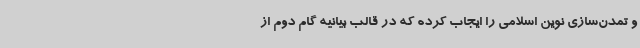
و تمدن‌سازی نوین اسلامی را ایجاب کرده که در قالب بیانیه گام دوم از